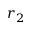
r _ { 2 }